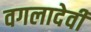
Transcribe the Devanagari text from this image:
वगलादेवी